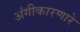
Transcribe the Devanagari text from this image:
अंगीकारणारे